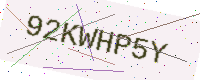
Text: 92KWHP5Y